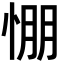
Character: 㥊